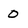
Character: 0